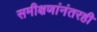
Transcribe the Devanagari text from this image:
समीक्षणांनंतरही